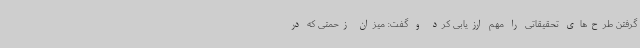
گرفتن طرح‌های تحقیقاتی را مهم ارزیابی کرد و گفت: میزان زحمتی که در